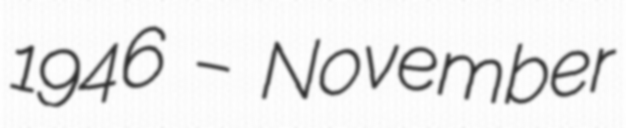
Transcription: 1946 – November